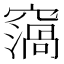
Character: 𥨙